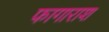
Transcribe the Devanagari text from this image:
फागाराश